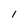
Character: 1